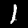
Label: 1